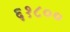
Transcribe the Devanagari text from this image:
६१८००